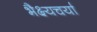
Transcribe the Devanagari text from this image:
भैक्ष्यचर्या